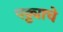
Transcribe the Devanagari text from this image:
पठ्ठ्याचे